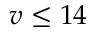
v \leq 1 4